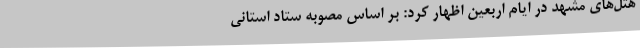
هتل‌های مشهد در ایام اربعین اظهار کرد: بر اساس مصوبه ستاد استانی